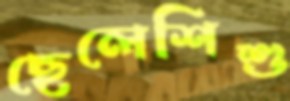
ছেলেশিশু